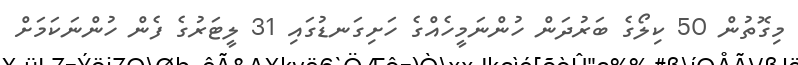
މިގޮތުން 50 ކިލޯގެ ބަރުދަން ހުންނަމީހެއްގެ ހަށިގަނޑުގައި 31 ލީޓަރުގެ ފެން ހުންނަކަމަށް